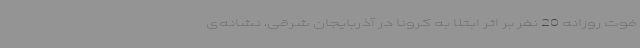
فوت روزانه 20 نفر بر اثر ابتلا به کرونا در آذربایجان شرقی، نشانه‌ی